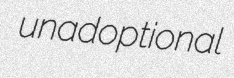
unadoptional